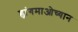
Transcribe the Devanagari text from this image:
ह्वांगमाओच्यान